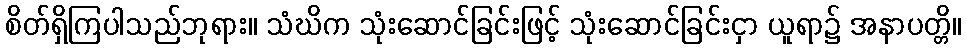
စိတ်ရှိကြပါသည်ဘုရား။ သံဃိက သုံးဆောင်ခြင်းဖြင့် သုံးဆောင်ခြင်းငှာ ယူရာ၌ အနာပတ္တိ။